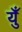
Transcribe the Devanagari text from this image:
युँ